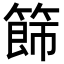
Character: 𥰐